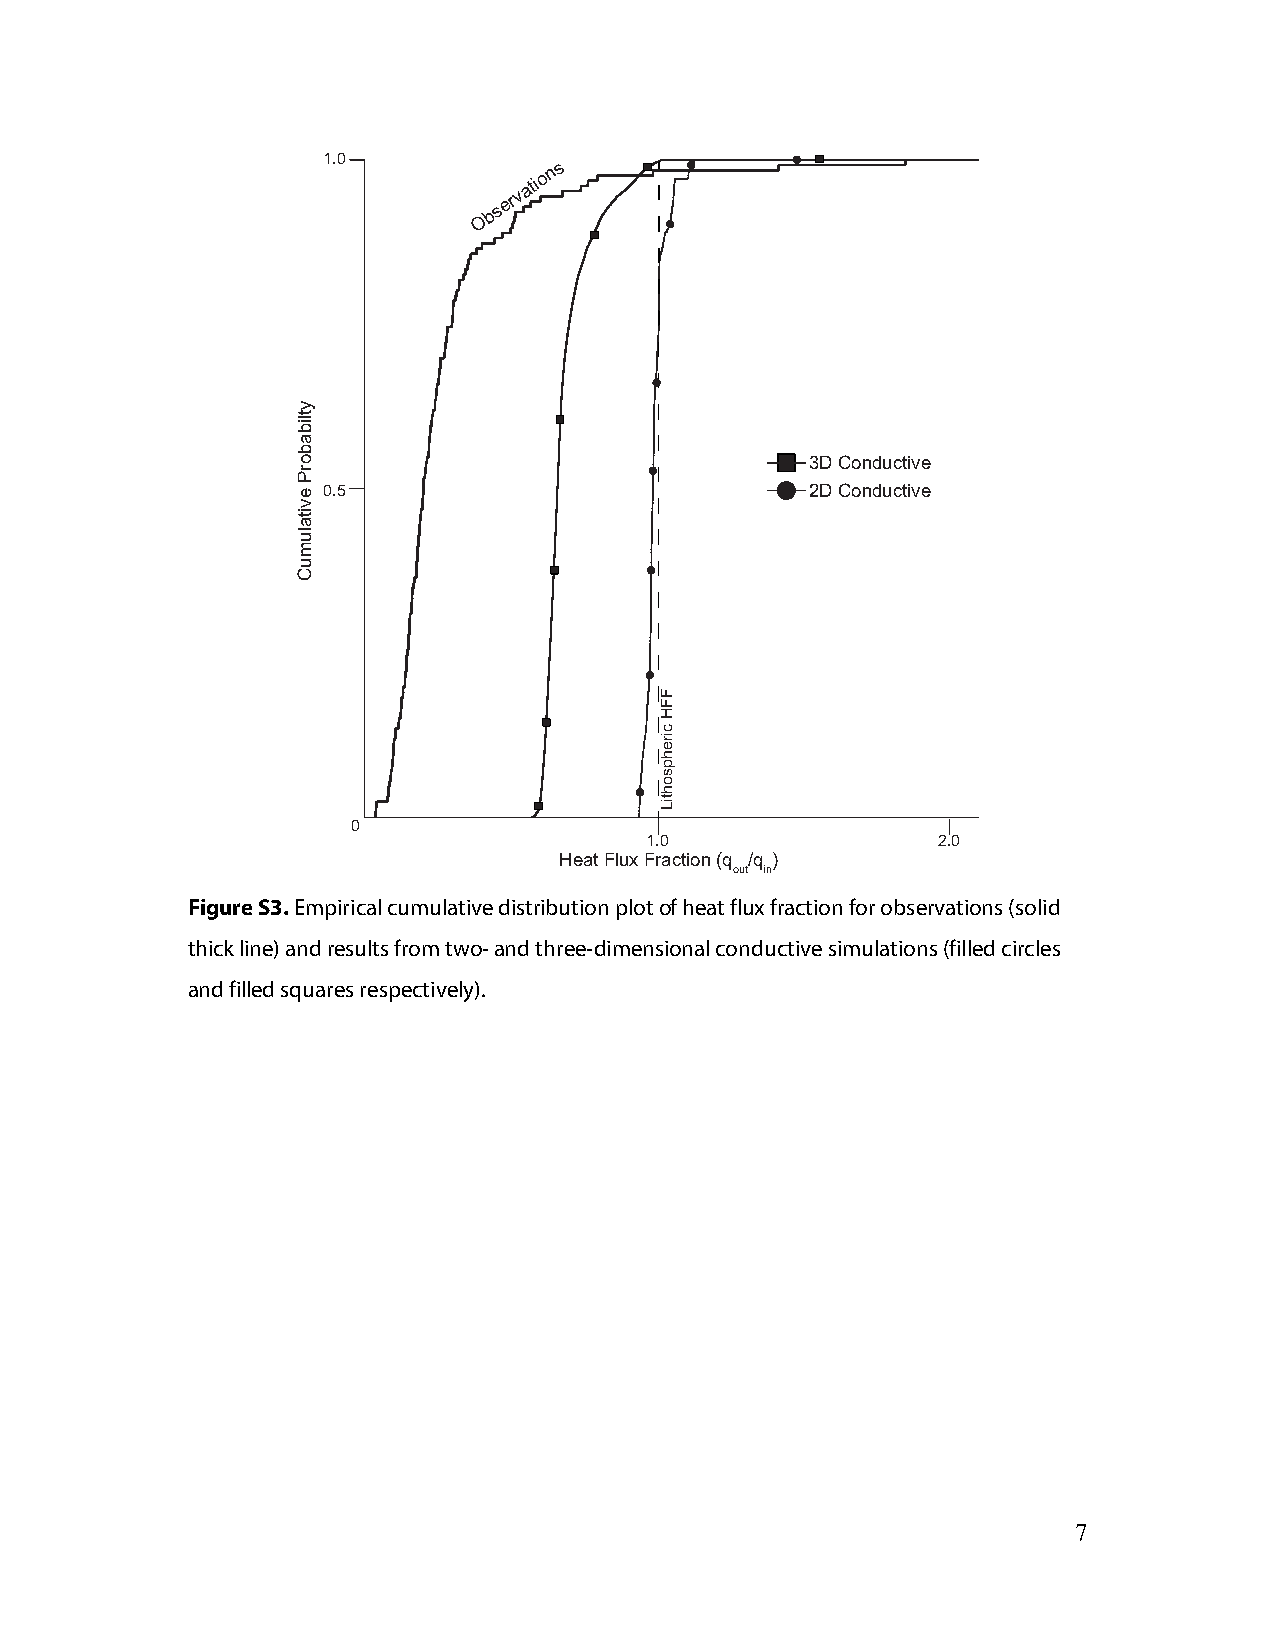
1.0
 O
 bservatio
 ns
 3D Conductive
 0.5                              2D Conductive
 0
 1.0                2.0
 Heat Flux Fraction (q /q )
 out in
 Figure S3. Empirical cumulative distribution plot of heat flux fraction for observations (solid
 thick line) and results from two- and three-dimensional conductive simulations (filled circles
 and filled squares respectively).
 7
 ytlibaborP
 evitalumuC
 FFH
 cirehpsohtiL